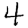
Digit: 4